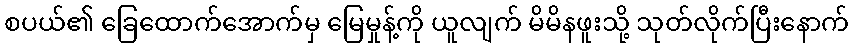
စပယ်၏ ခြေထောက်အောက်မှ မြေမှုန့်ကို ယူလျက် မိမိနဖူးသို့ သုတ်လိုက်ပြီးနောက်